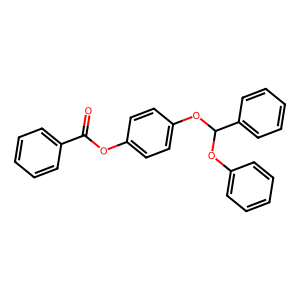
SMILES: O=C(Oc1ccc(OC(Oc2ccccc2)c2ccccc2)cc1)c1ccccc1
Inhibits HIV replication: No